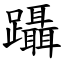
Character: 躡